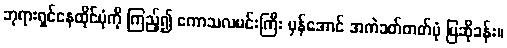
ဘုရားရှင်နေထိုင်ပုံကို ကြည့်၍ ကောသလမင်းကြီး မှန်အောင် အကဲခတ်တတ်ပုံ ပြဆိုခန်း။